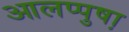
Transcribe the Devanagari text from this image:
आलप्पुषा़